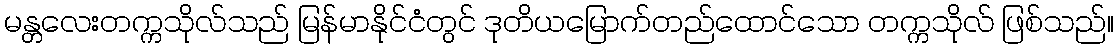
မန္တလေးတက္ကသိုလ်သည် မြန်မာနိုင်ငံတွင် ဒုတိယမြောက်တည်ထောင်သော တက္ကသိုလ် ဖြစ်သည်။